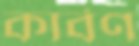
কার্বণ